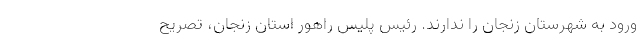
ورود به شهرستان زنجان را ندارند. رئیس پلیس راهور استان زنجان، تصریح